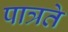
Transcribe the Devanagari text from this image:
पात्रते